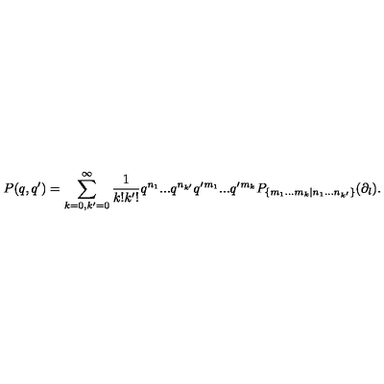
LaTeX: P ( q , q ^ { \prime } ) = \sum _ { k = 0 , k ^ { \prime } = 0 } ^ { \infty } \frac { 1 } { k ! k ^ { \prime } ! } q ^ { n _ { 1 } } . . . q ^ { n _ { k ^ { \prime } } } q ^ { \prime } { } ^ { m _ { 1 } } . . . q ^ { \prime } { } ^ { m _ { k } } P _ { \{ m _ { 1 } . . . m _ { k } | n _ { 1 } . . . n _ { k ^ { \prime } } \} } ( \partial _ { l } ) .